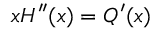
x { H } ^ { \prime \prime } ( x ) = { Q } ^ { \prime } ( x )